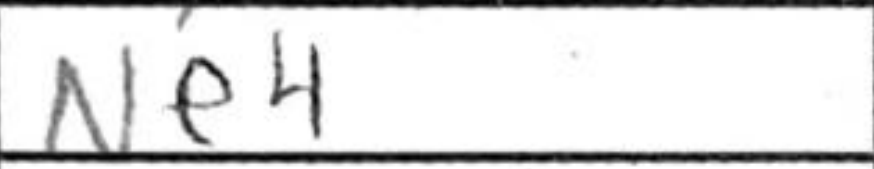
Transcription: Ne4